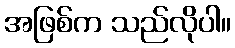
အဖြစ်က သည်လိုပါ။